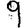
Digit: 9